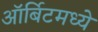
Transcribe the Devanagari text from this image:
ऑर्बिटमध्ये